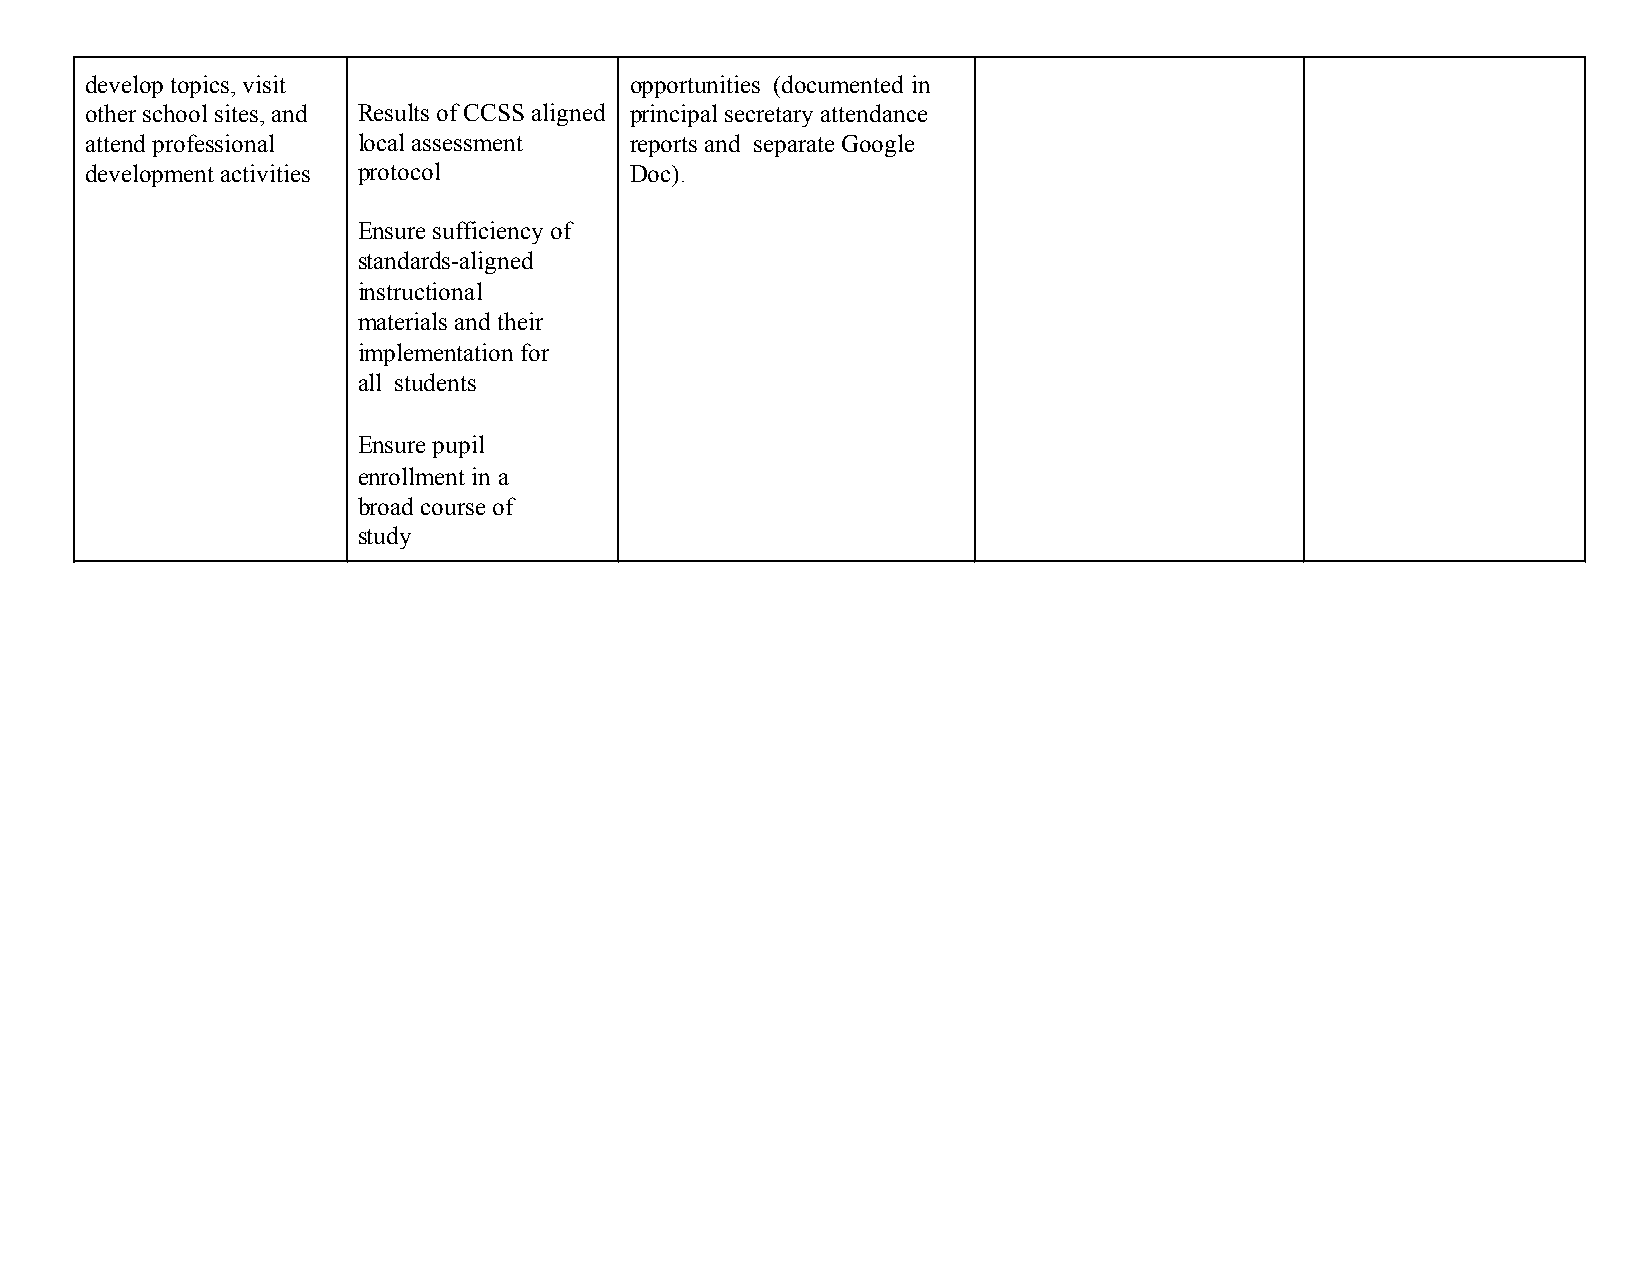
develop topics, visit               opportunities (documented in
 other school sites, and Results of CCSS aligned principal secretary attendance
 attend professional local assessment reports and separate Google
 development activities protocol     Doc).
 Ensure sufficiency of
 standards-aligned
 instructional
 materials and their
 implementation for
 all students
 Ensure pupil
 enrollment in a
 broad course of
 study